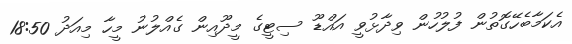
އެކަމާބެހޭގޮތުން ފުލުހުން ވިދާޅުވީ އައްޑޫ ސިޓީގެ މީދޫއިން ގެއްލުނު މީހާ މިއަދު 18:50